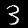
Digit: 3